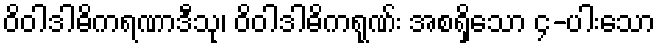
ဝိဝါဒါဓိကရဏာဒီသု၊ ဝိဝါဒါဓိကရုဏ်း အစရှိသော ၄-ပါးသော